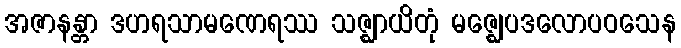
အဇာနန္တာ ဒဟရသာမဏေရဿ သဇ္ဈာယိတုံ မဇ္ဈေပဒလောပဝသေန